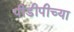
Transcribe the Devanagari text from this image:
पीडीपीच्या